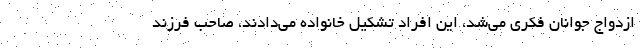
ازدواج جوانان فکری می‌شد، این افراد تشکیل خانواده می‌دادند، صاحب فرزند